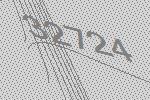
32724